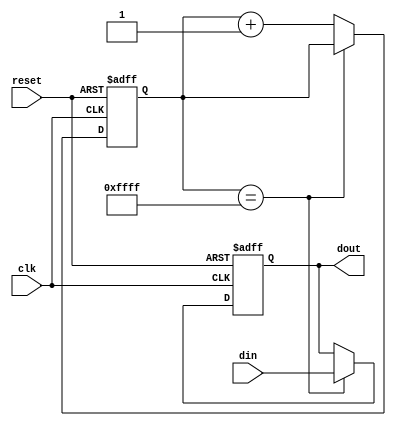
module RC_Delay (
  input wire clk,
  input wire reset,
  input wire din,
  output reg dout
);

reg [15:0] delay_counter;

always @ (posedge clk or posedge reset) begin
  if (reset) begin
    delay_counter <= 16'd0;
    dout <= 1'b0;
  end else begin
    if (delay_counter == 16'd65535) begin
      dout <= din;
    end else begin
      delay_counter <= delay_counter + 1;
    end
  end
end

endmodule